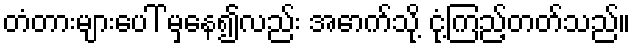
တံတားများပေါ် မှနေ၍လည်း အောက်သို့ ငုံ့ကြည့်တတ်သည်။